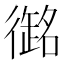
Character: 𭜇